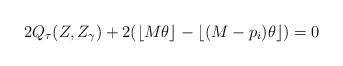
LaTeX: \begin{align*} 2Q_{\tau}(Z,Z_{\gamma})+2(\lfloor M\theta \rfloor - \lfloor (M-p_{i})\theta \rfloor)=0\end{align*}